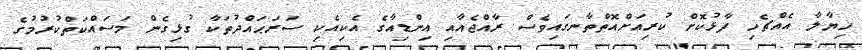
ޚިޔާލާ އެއްޗެހި ފާޅުކޮށް ކުރިއަށްއޮތްތާނގައިވެސް ރާއްޖެއާއި އިންޑިއާގެ އެކިއެކި ސަރަޙައްދުތަކާ ގުޅިގެން މަސައްކަތްކުރުމުގެ